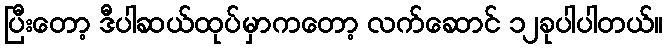
ပြီးတော့ ဒီပါဆယ်ထုပ်မှာကတော့ လက်ဆောင် ၁၂ခုပါပါတယ်။